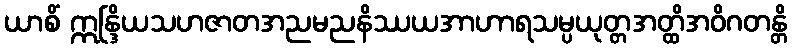
ယာစိံ ဣန္ဒြိယသဟဇာတအညမညနိဿယအာဟာရသမ္ပယုတ္တအတ္ထိအဝိဂတန္တိ